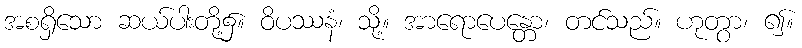
အစရှိသော ဆယ်ပါးတို့၌။ ဝိပဿနံ၊ သို့။ အာရောပေန္တော၊ တင်သည်။ ဟုတွာ၊ ၍။